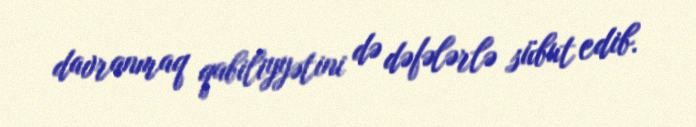
davranmaq qabiliyyətini də dəfələrlə sübut edib.